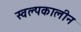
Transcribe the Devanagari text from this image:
स्वल्पकालीन